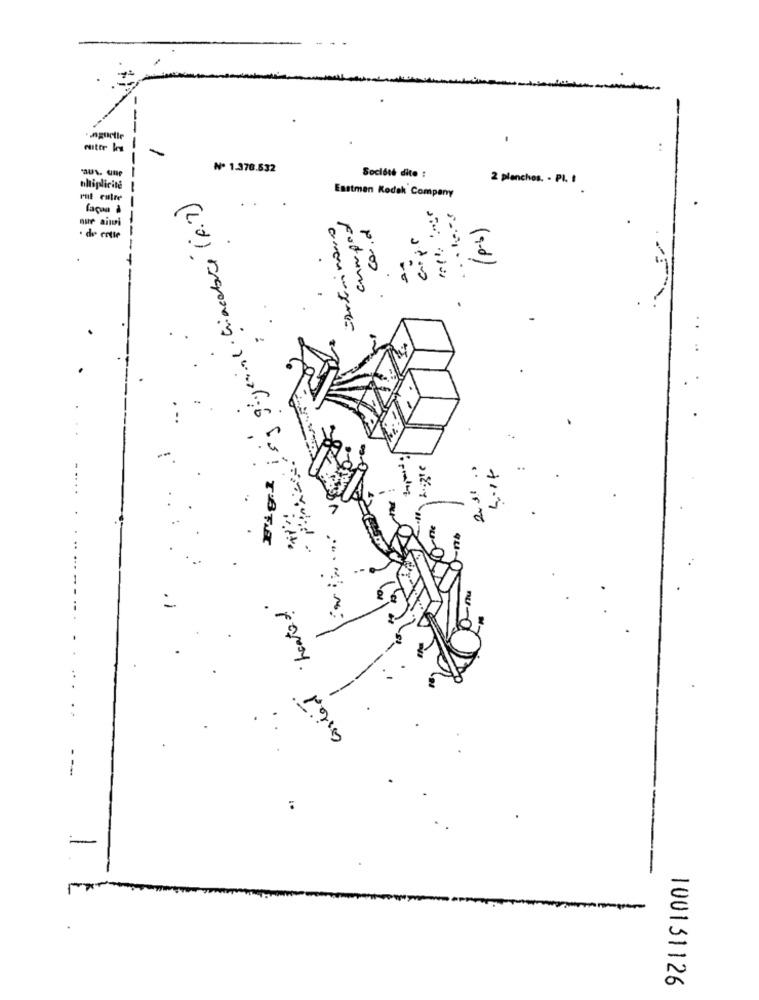
--
Jogurtle
₦º 1.378.532
Société dite :
2 plenchos. - PI. I
hhtiplicite
giyen Giacobbe (p.7)
ruit cutre
Eastman Kodak Company
faça
camped
nur aini
Isotirinono
cor.d
de cotte
stro
.
-
· heated
costad
.
-
1.
-
100131126